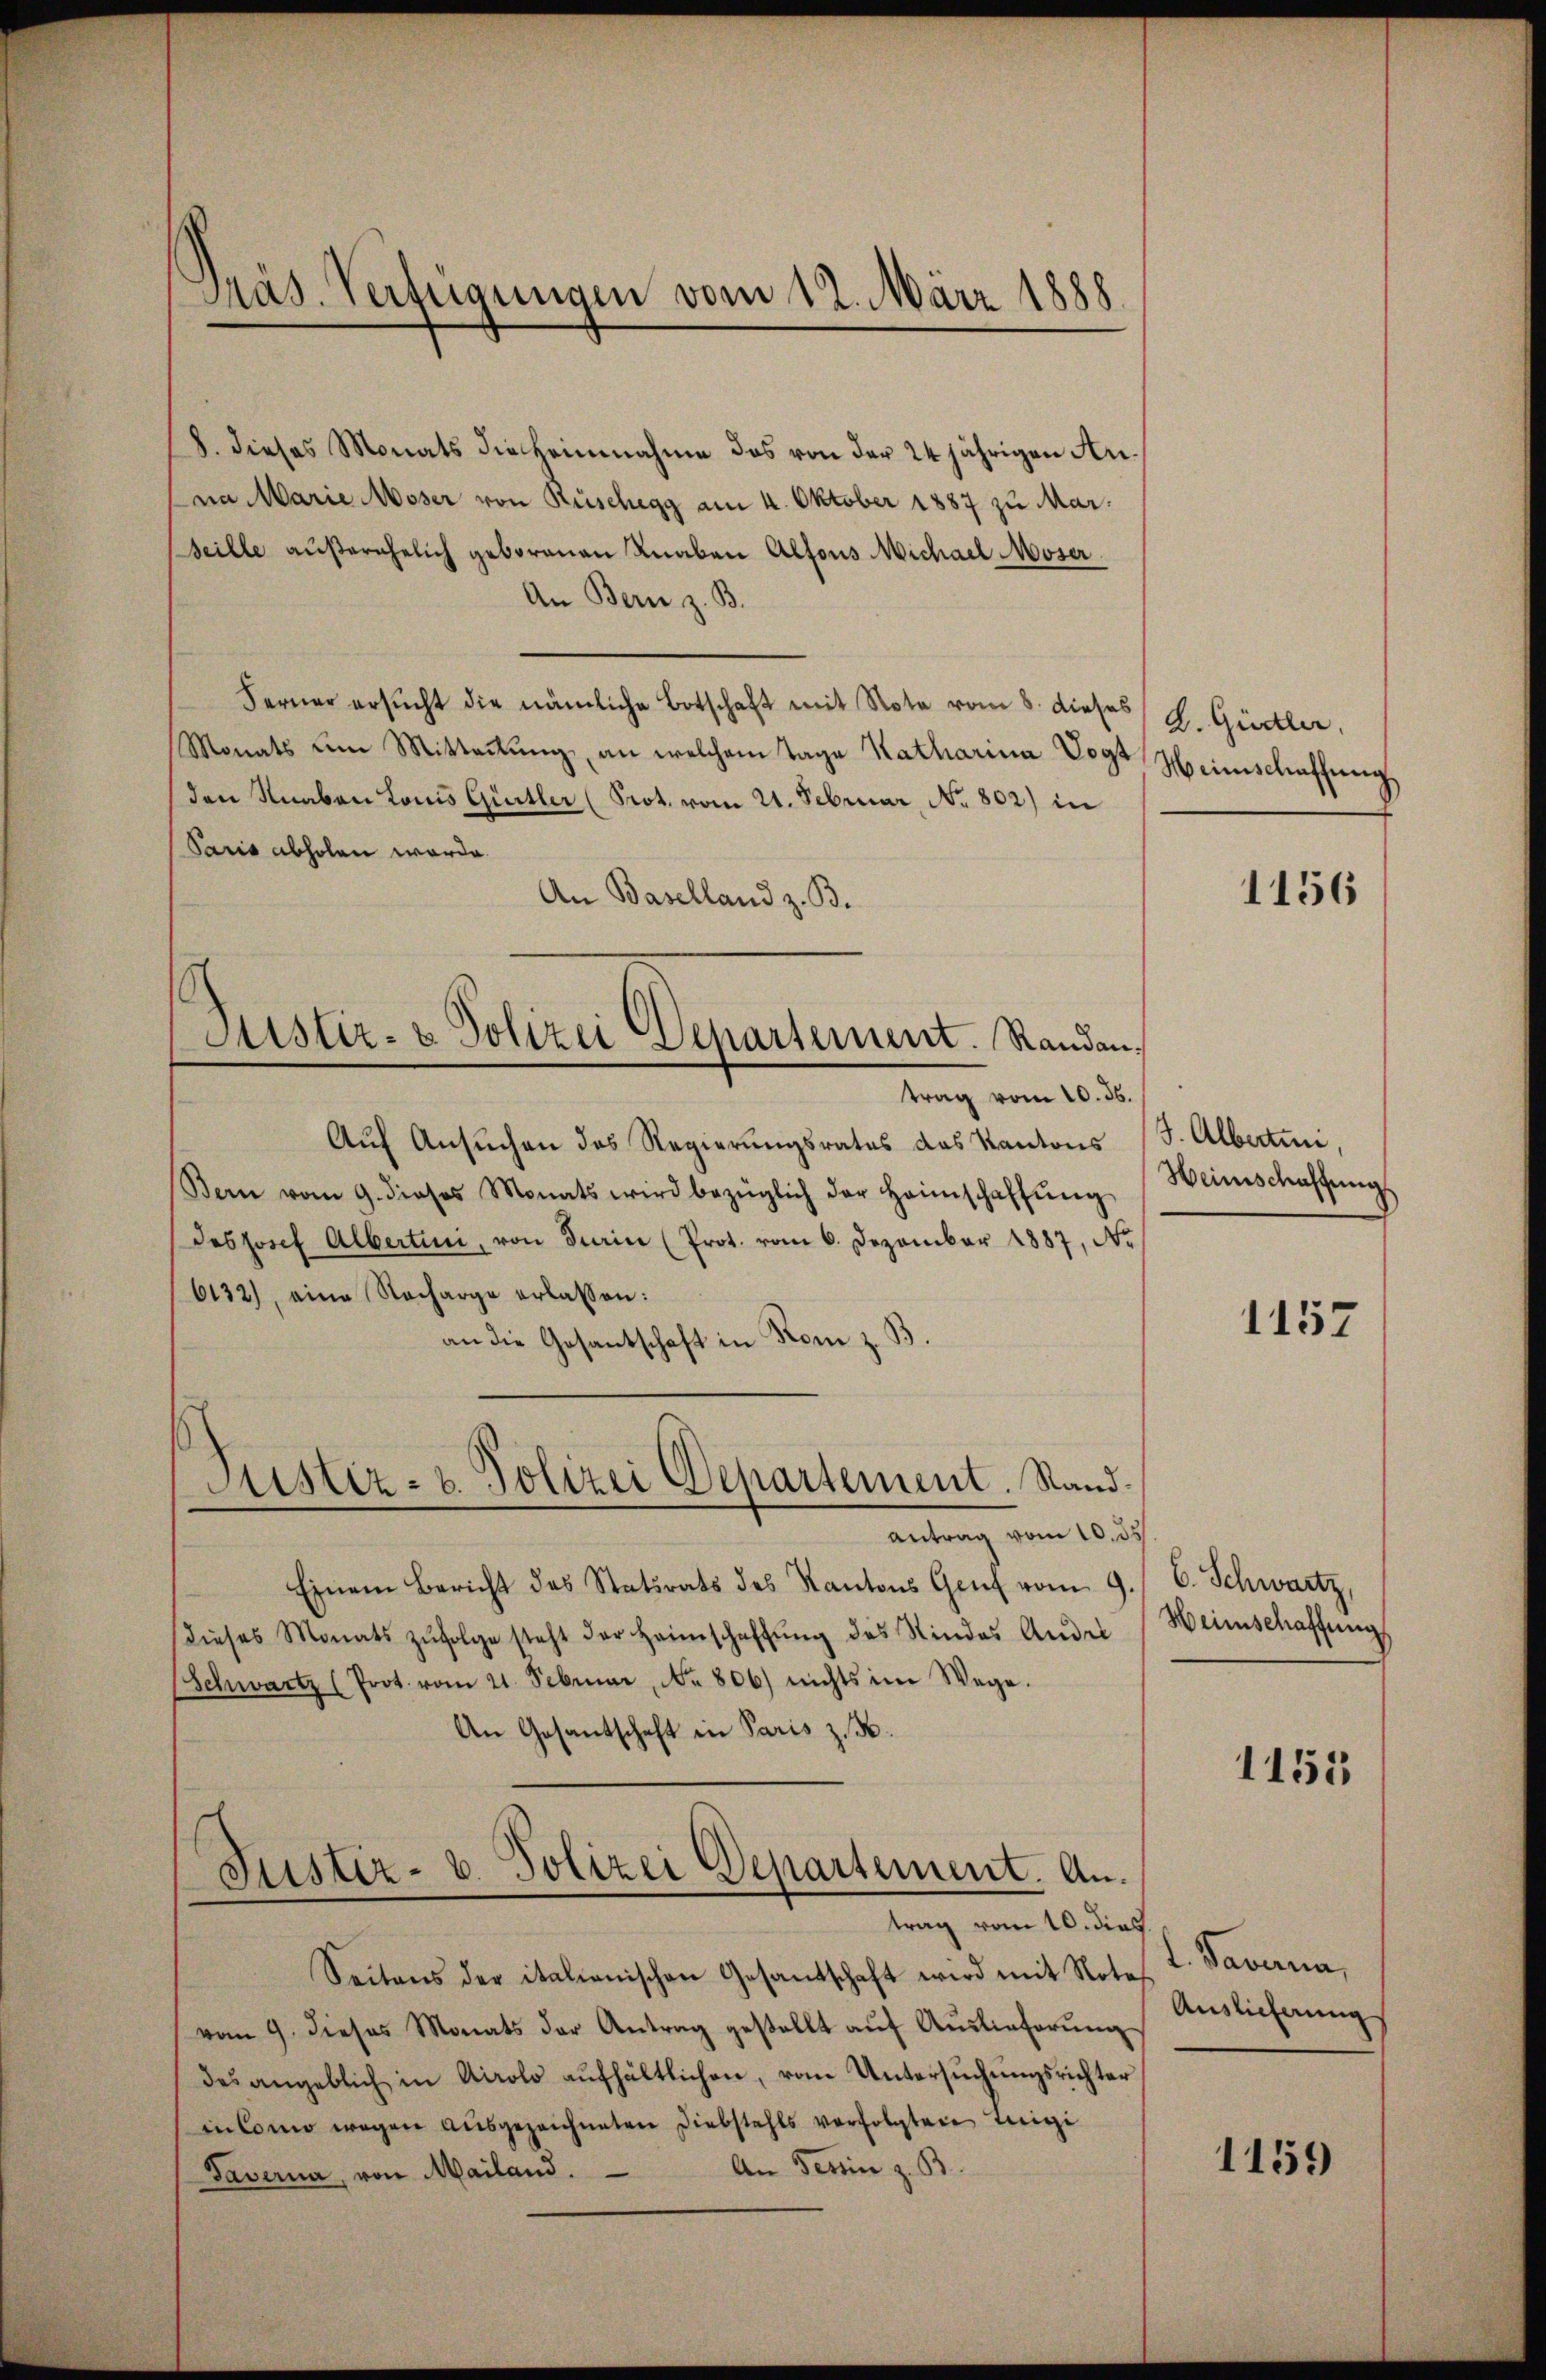
Präs. Verfügungen vom 12. März 1888.

Justiz- & Polizei Departement. Standan¬

8. dieses Monats die Heimnahme das von der 24 jährigen Anan Marie Moser von Rüschegg am 4. Oktober 1887 zu Marseille außerehelich geborenen Knaben Alfons Michael Moser.
An Bern z. B.
Ferner ersŭcht die nämliche Botschaft mit Note vom 8. dieses J. Gürtler,
Monats um Mitteilŭng, an welchem Tage Katharina Vogt
den Knaben Louis Gürtler (Prot. vom 21. Februar, No. 802) in
Sario abholen werde.
An Baselland z. B.
trag vom 10. ds.
Auf Ansuchen des Regierungsrates das Kantons
Bern vom 9. dieses Monats wird bezüglich der Heimschaffŭng
des Josef Albertini, von Turin (Prot. vom 6. Dezember 1887, Nr.
6132), eine Nacharge erlassen:
an die Gesantschaft in Rom z. B.
Justiz- & Polizei Departement. Sandantrag vom 10. ds
Einem Bericht des Statirats des Kantons Genf vom 9.
dieses Monats zŭfolge steht der Heimschaffŭng des Rindes Andel
Schwartz (Prot. vom 21. Februar, No 806) nichts im Wege.
An Gesantschaft in Paris z. B.
Justiz- u. Polizei Departement. Antrag vom 10. dies
Seitens der italienischen Gesandschaft wird mit Notavom 9. dieses Monats der Antrag gestellt aŭf Aŭslieferŭng
des angeblich in Airolo aufhältlichen, vom Untersuchungsrichter
in Como wegen aŭsgezeichneten Diebstahls verfolgten Enigi
An Tessin z. B.
Taverna, von Mailand.

Weinschaffung

1156

J. Albertini,
Weinschaffung

1157

C. Schwartz,
Weinschaffung

1155

Pavana,
Auslieferung

1159